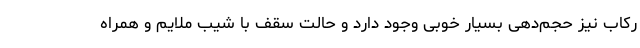
رکاب نیز حجم‌دهی بسیار خوبی وجود دارد و حالت سقف با شیب ملایم و همراه